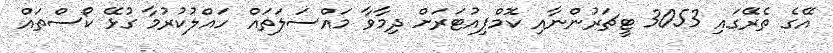
އޭގެ ތެރޭގައި 3053 ޓީޗަރުންނާއި ކޮމްޕިއުޓަރަށް ދިމާވާ މައްސަލަތައް ހައްލުކުރުމާ ގުޅޭ ކޯސްތައް